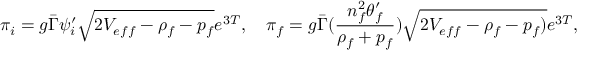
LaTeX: \pi _ { i } = g \bar { \Gamma } \psi _ { i } ^ { \prime } \sqrt { 2 V _ { e f f } - \rho _ { f } - p _ { f } } e ^ { 3 T } , \ \ \ \pi _ { f } = g \bar { \Gamma } ( { \frac { n _ { f } ^ { 2 } \theta _ { f } ^ { \prime } } { \rho _ { f } + p _ { f } } } ) \sqrt { 2 V _ { e f f } - \rho _ { f } - p _ { f } ) } e ^ { 3 T } ,